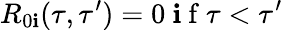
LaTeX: R_{0\mathbf{i}}(\tau,\tau^{\prime})=0\mathrm{{~\mathbf{i}~f~}}\tau<\tau^{\prime}